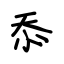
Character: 忝